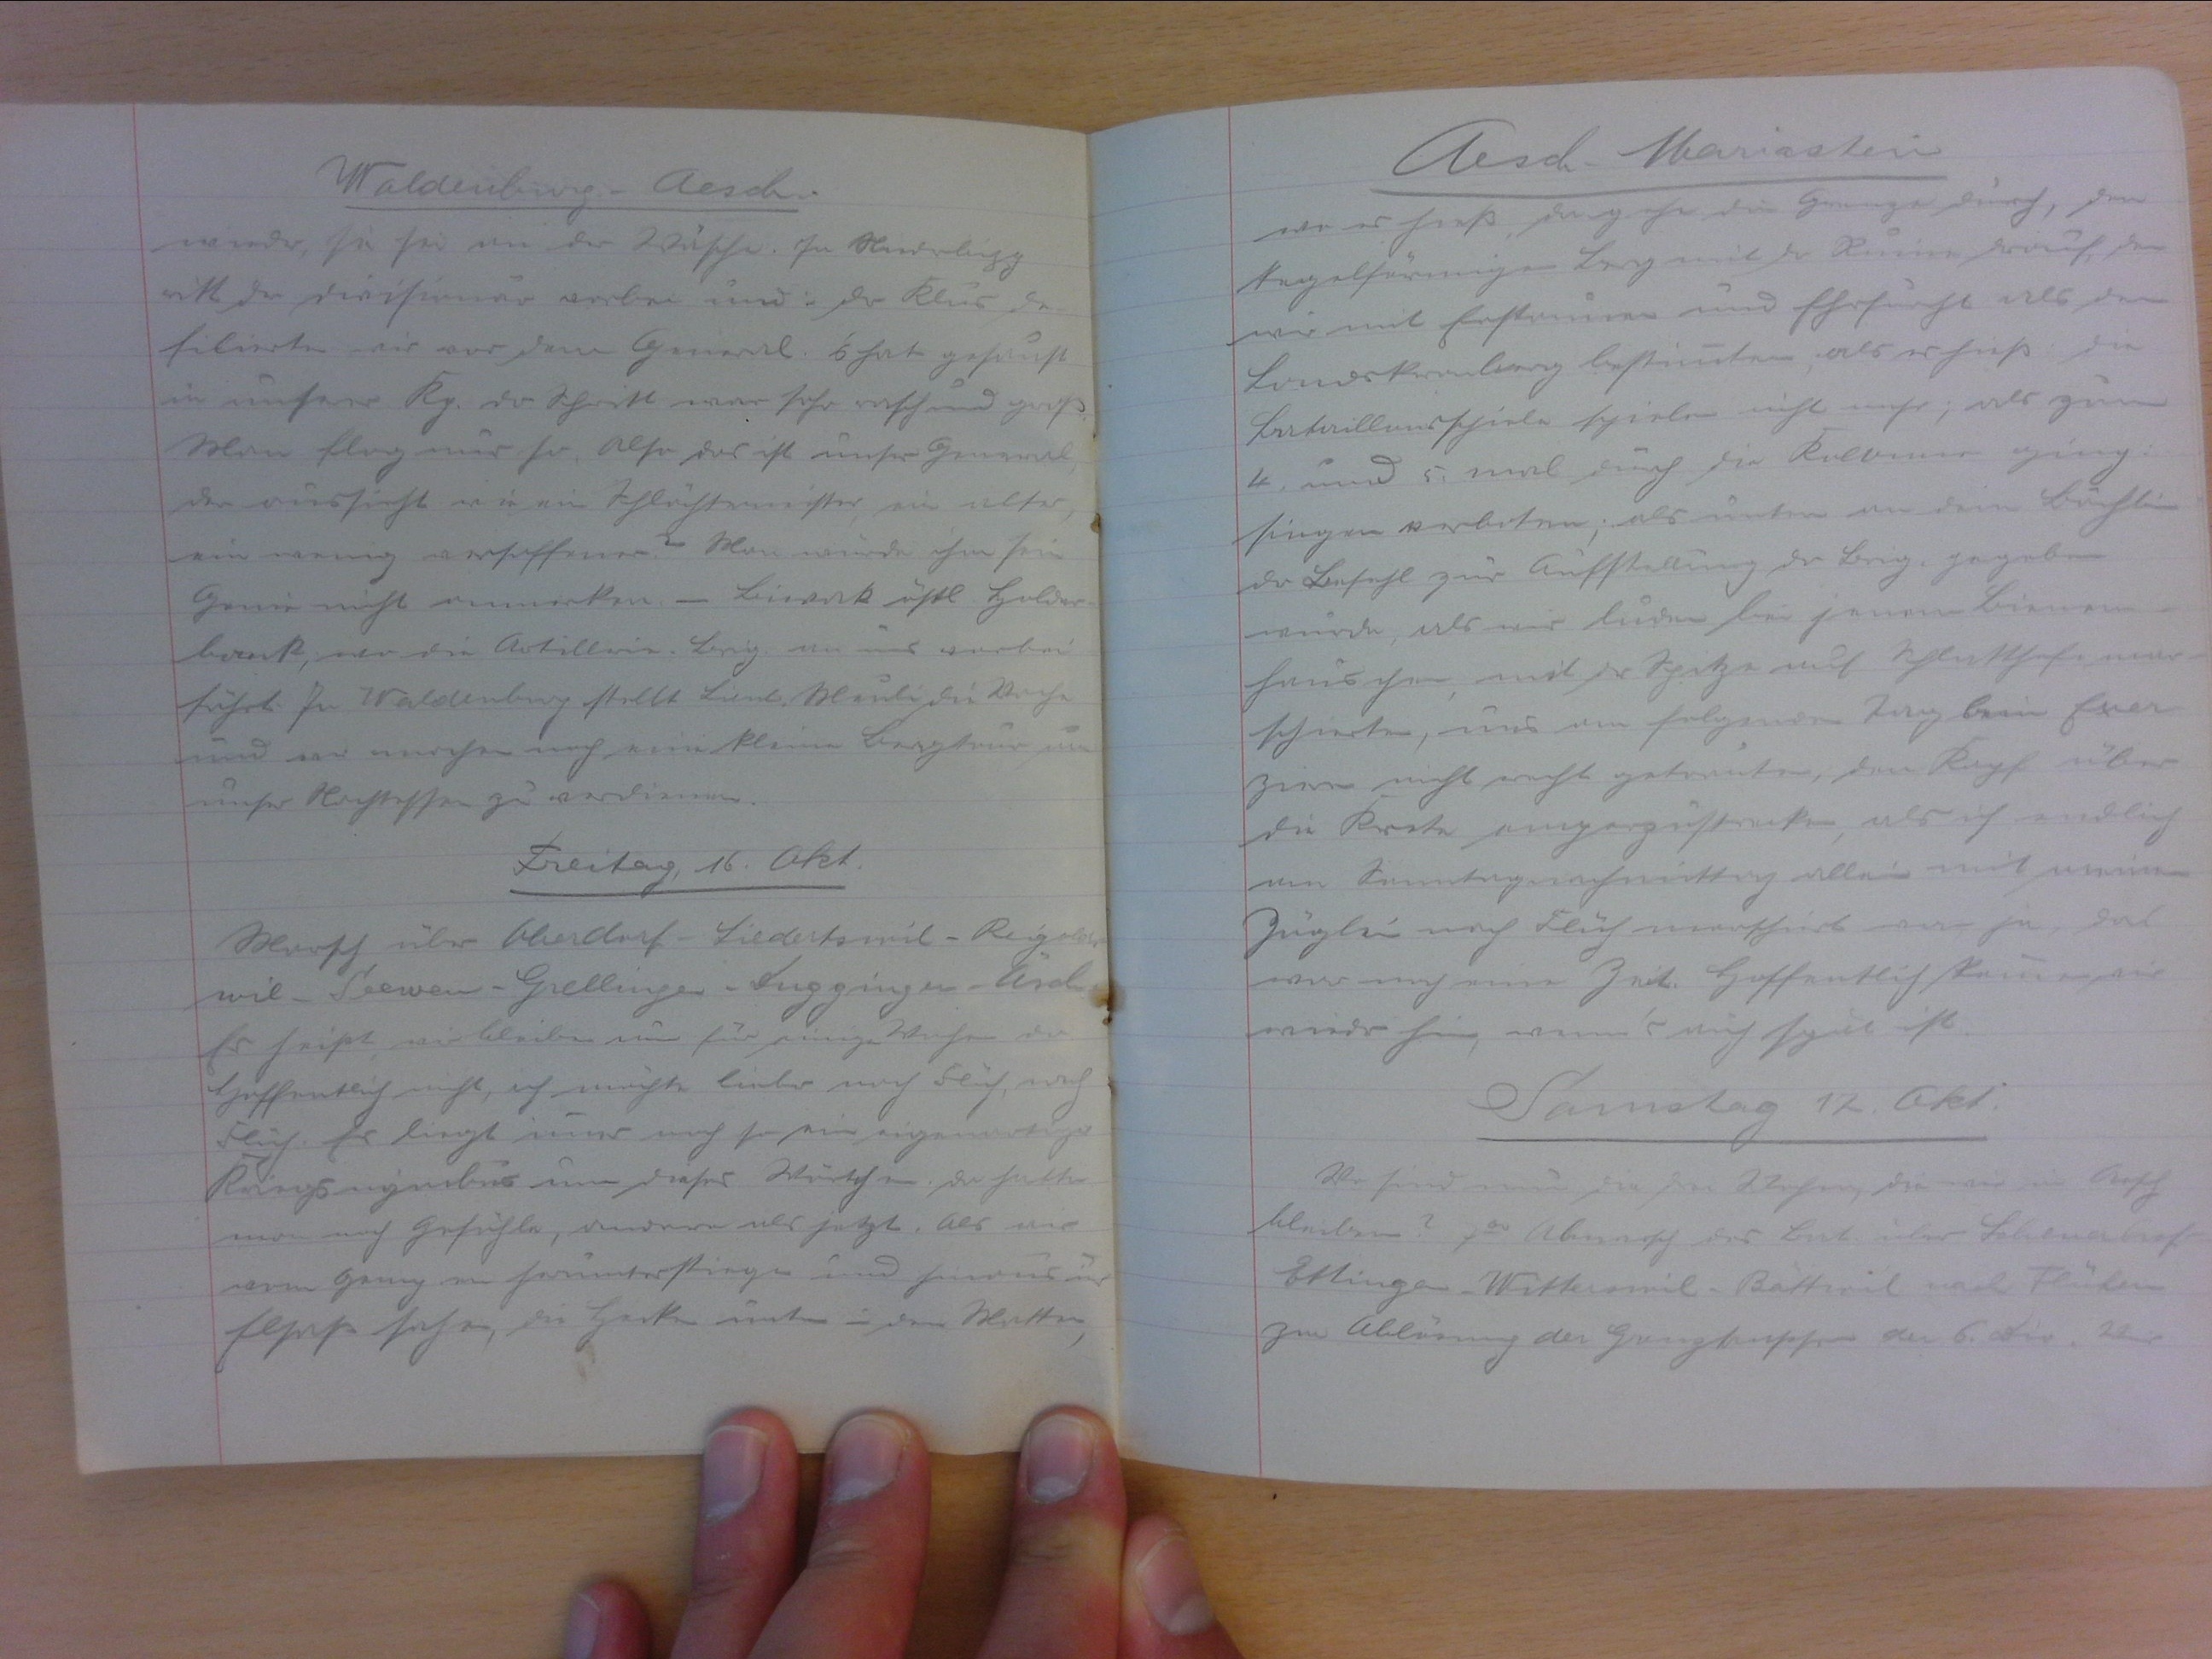
Waldenburg - Aesch
wieder, sie sei an der Wäsche. In Niederbipp
ritt der Divisionär vorbei und in der Klus de-
filierten wir vor dem General. Es hat gesaust.
in unserer Kp. Der Schritt war sehr rasch ung gross.
Man flog nur so. Also das ist unser General,
der aussieht wie ein Schlächtermeister, ein alter,
ein wenig versoffener? Man würde ihm sein
Genie nicht anmerken. _ Biwak östl Holder-
bank, wo die Artillerie Brig. an uns vorbei
fährt. In Waldenburg stellt Lieut. Meuli die Wache
und wir machen noch eine kleine Bergtour um
unser Nachtessen zu verdienen.
Freitag, 16. Okt.
Marsch über Oberdorf-Liedertswil-Reigolds-
wil - Seewen- Grellingen. - Duggingen - Äsch.
Es heisst, wie bleiben nun für einige Wochen da.
Hoffentlich nicht, ich möchte lieber nach Flüh, nach
Flüh. Es liegt immer noch so ein eigenartiger
Kriegsnymbus um dieses Wörtchen. Da hatte
man noch Gefühle, andere als jetzt. Als wir
vom Gempen herunterstiegen und hinaus ins
Elsass sahen, die Hecken unten in den Matten,

Aesch-Mariastein-
wo es hiess, da gehe die Grenze durch, den
kegelförmigen Berg mit der Ruine drauf, den
wir mit Erstauen und Ehrfurcht als den
Landskronberg bestimmten, als es hiess, die
Bataillonsspiele spielen nicht mehr; als zum
4. und 5. mal durch die Kolonne ging:
singen verboten; als unten an dem Bächlein
der Befehl zur Aufstellung der Brig. gegeben
wurde, als wir luden bei jenem Bienen-
hauschen, mit der Spitze auf Schlatthofe mar-
schierten, uns an folgenden Tag beim Exer-
zieren nicht recht getrauten, den Kopf über
die Krete emporzustrecken, als ich endlich
amm Samstagnachmittag allein mit meinem
Züglein nach Flüh marschiert war, ja, das
war noch eine Zeit. Hoffentlich können wir
wieder hin, wenn's auch spät ist.
Samstag, 12. Okt.
Wo sind die drei Wachen, die wir in Aesch
bleiben? 700 Abmarsch des Bat. über Scheuerhof -
Ettingen - Witterswil - Bättwil nach Flühen
zur Ablösung der Grenztruppen der 6. Div. Wir